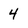
Character: 4